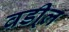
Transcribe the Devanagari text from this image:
वडी्ल